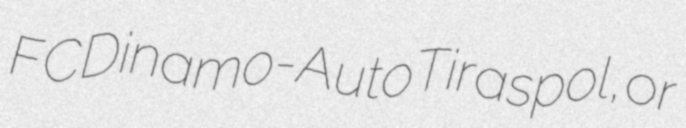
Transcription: FC Dinamo-Auto Tiraspol, or